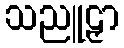
သညူဠှာ